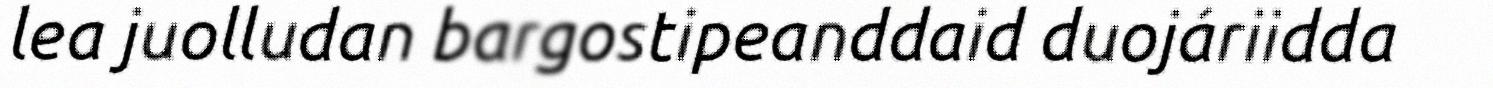
lea juolludan bargostipeanddaid duojáriidda